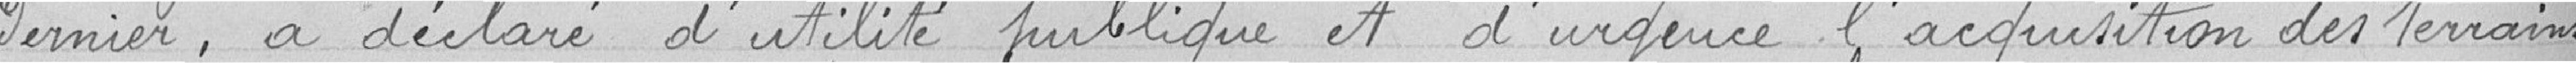
dernier, a déclaré d'utilité publique et d'urgence , l'acquisition des terrains